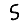
Digit: 5